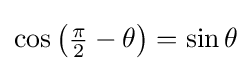
\cos \left({\tfrac {\pi }{2}}-\theta \right)=\sin \theta